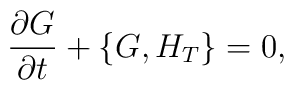
\frac{\partial G}{\partial t} + \{G, H_T \} =0,